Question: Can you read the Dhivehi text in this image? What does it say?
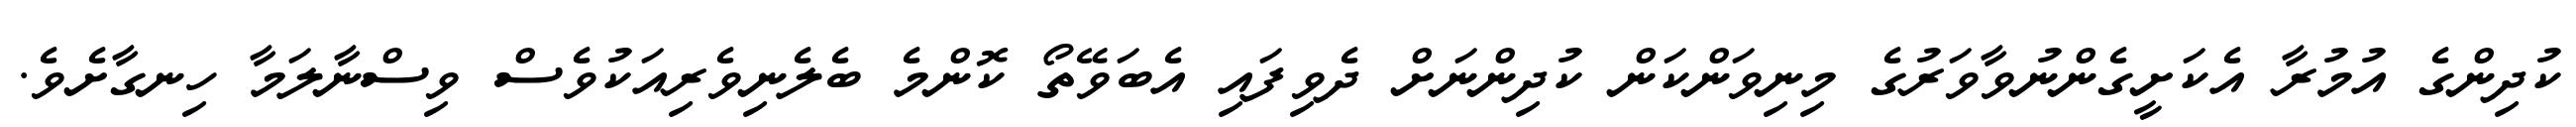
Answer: ކުދިންގެ އުމުރާ އެކަށީގެންނުވާވަރުގެ މިނިވަންކަން ކުދިންނަށް ދެވިފައި އެބަވޭތޯ ކޮންމެ ބެލެނިވެރިއަކުވެސް ވިސްނާލަމާ ހިނގާށެވެ.